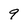
Character: 9